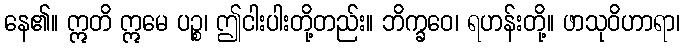
နေ၏။ ဣတိ ဣမေ ပဉ္စ၊ ဤငါးပါးတို့တည်း။ ဘိက္ခဝေ၊ ရဟန်းတို့။ ဖာသုဝိဟာရာ၊